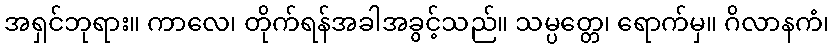
အရှင်ဘုရား။ ကာလေ၊ တိုက်ရန်အခါအခွင့်သည်။ သမ္ပတ္တေ၊ ရောက်မှ။ ဂိလာနကံ၊